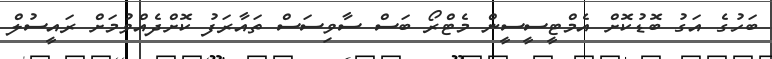
ބަހުގެ އަގު ބޮޑުކޮށް އެމްޓީސީސީން މެޓްރޯ ބަސް ސާވިސަސް ތައާރަފު ކޮށްދެއްވުމަށް ރައީސުލް